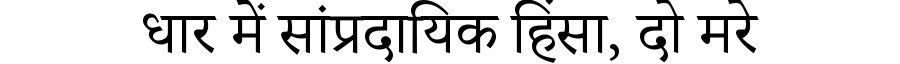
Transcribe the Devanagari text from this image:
धार में सांप्रदायिक हिंसा, दो मरे